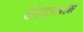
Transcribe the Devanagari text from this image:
सोडवल्याबरोबर